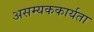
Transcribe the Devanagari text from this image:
असम्यककार्यता